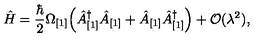
\hat { H } = \frac { \hbar } { 2 } \Omega _ { [ 1 ] } \Bigl ( \hat { A } _ { [ 1 ] } ^ { \dagger } \hat { A } _ { [ 1 ] } + \hat { A } _ { [ 1 ] } \hat { A } _ { [ 1 ] } ^ { \dagger } \Bigr ) + { \cal O } ( \lambda ^ { 2 } ) ,